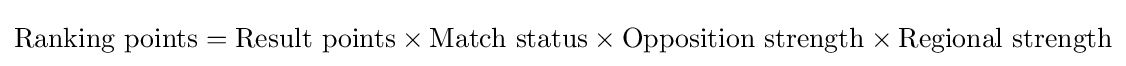
{\text{Ranking points}}={\text{Result points}}\times {\text{Match status}}\times {\text{Opposition strength}}\times {\text{Regional strength}}